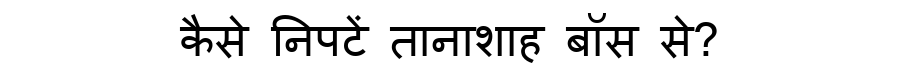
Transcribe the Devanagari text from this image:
कैसे निपटें तानाशाह बॉस से?